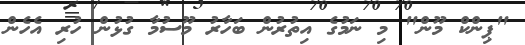
"ޕިންކް މޫން" މި ނަމުގެ އިތުރުން ބަހާރު މޫސުމާ ގުޅުން ހުރި އެހެން